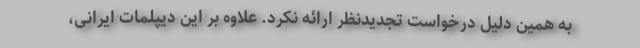
به همین دلیل درخواست تجدیدنظر ارائه نکرد. علاوه بر این دیپلمات ایرانی،